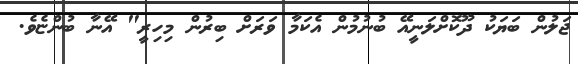
ޖަލުން ބަޔަކު ދޫކޮށްލަނީއޭ ބުނުމުން އެކަމާ ވަރަށް ބިރުން މިހިރީ" އޭނާ ބުންޏެވެ.